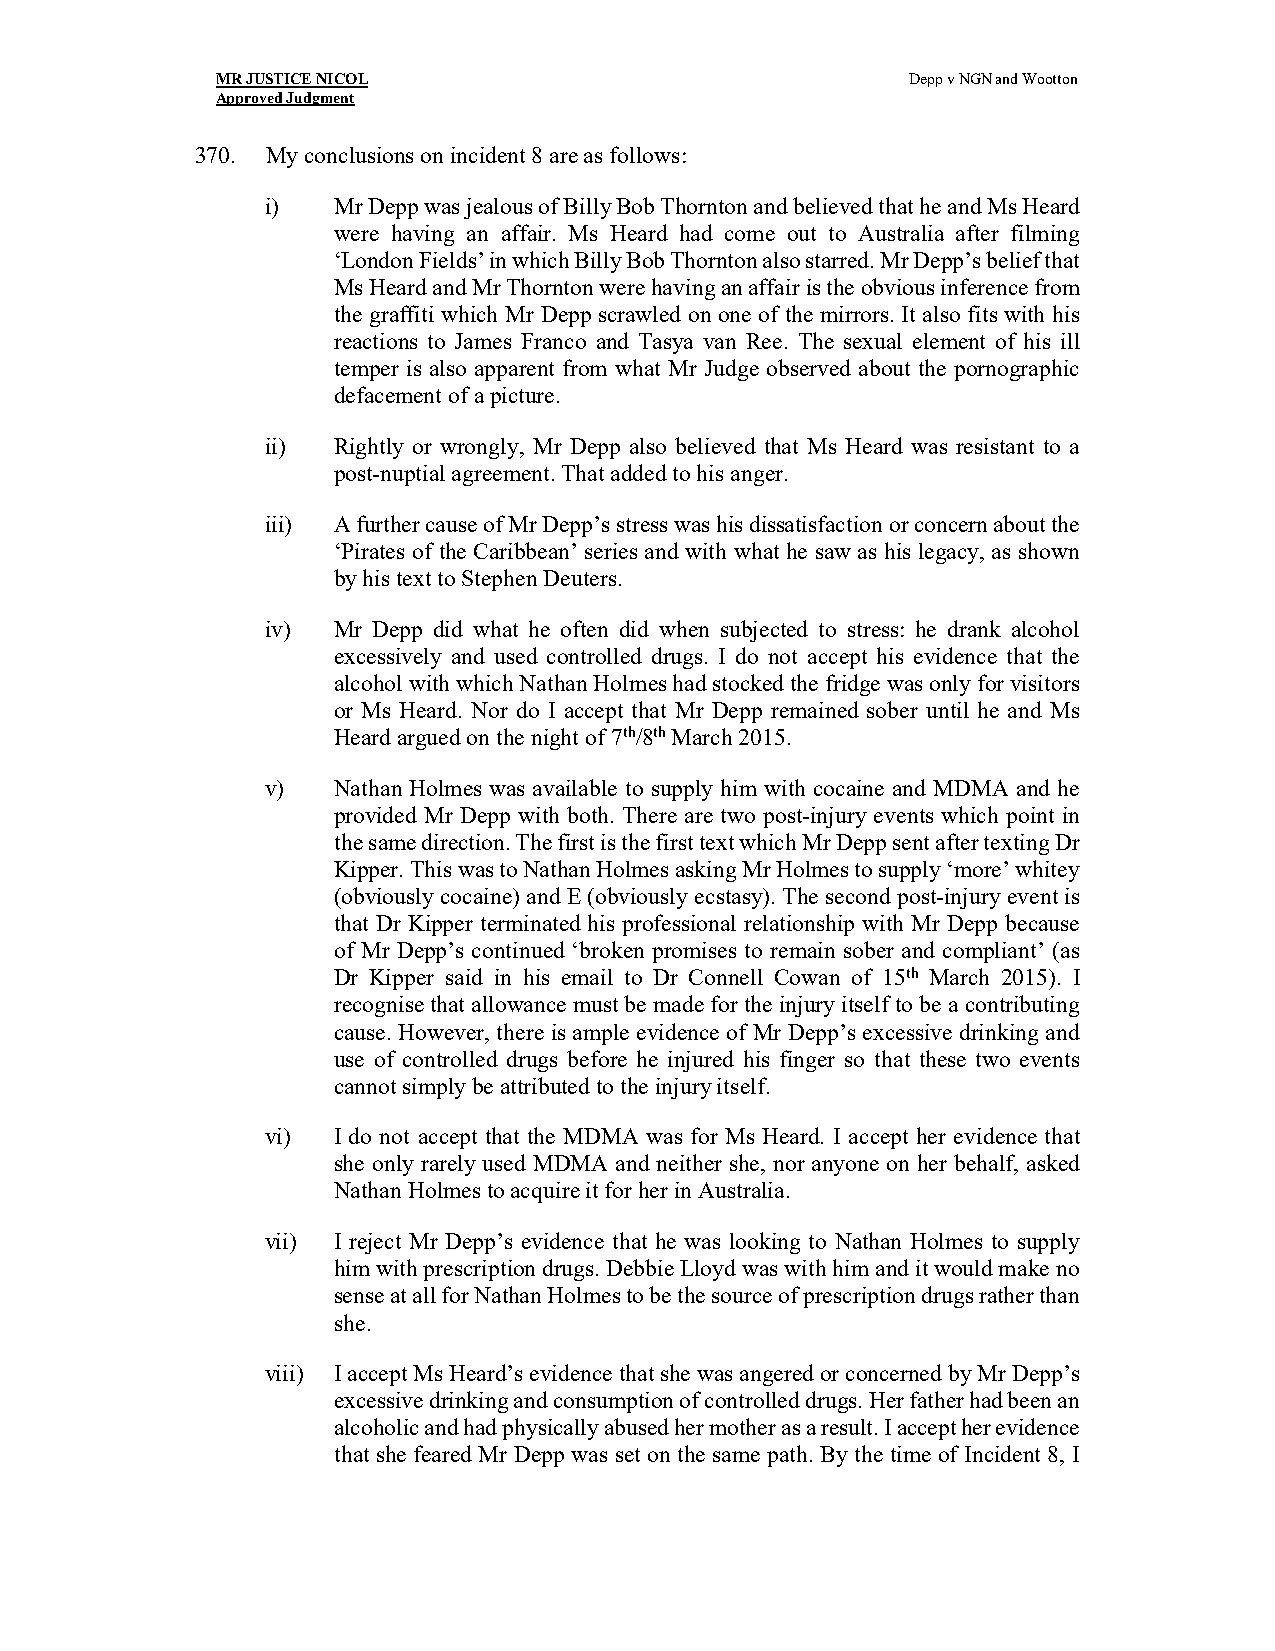
MR JUSTICE NICOL                              Depp v NGN and Wootton
 Approved Judgment
 370. My conclusions on incident 8 are as follows:
 i)  Mr Depp was jealous of Billy Bob Thornton and believed that he and Ms Heard
 were having an affair. Ms Heard had come out to Australia after filming
 ‘London Fields’ in which Billy Bob Thornton also starred. Mr Depp’s belief that
 Ms Heard and Mr Thornton were having an affair is the obvious inference from
 the graffiti which Mr Depp scrawled on one of the mirrors. It also fits with his
 reactions to James Franco and Tasya van Ree. The sexual element of his ill
 temper is also apparent from what Mr Judge observed about the pornographic
 defacement of a picture.
 ii) Rightly or wrongly, Mr Depp also believed that Ms Heard was resistant to a
 post-nuptial agreement. That added to his anger.
 iii) A further cause of Mr Depp’s stress was his dissatisfaction or concern about the
 ‘Pirates of the Caribbean’ series and with what he saw as his legacy, as shown
 by his text to Stephen Deuters.
 iv) Mr Depp did what he often did when subjected to stress: he drank alcohol
 excessively and used controlled drugs. I do not accept his evidence that the
 alcohol with which Nathan Holmes had stocked the fridge was only for visitors
 or Ms Heard. Nor do I accept that Mr Depp remained sober until he and Ms
 Heard argued on the night of 7th/8th March 2015.
 v)  Nathan Holmes was available to supply him with cocaine and MDMA and he
 provided Mr Depp with both. There are two post-injury events which point in
 the same direction. The first is the first text which Mr Depp sent after texting Dr
 Kipper. This was to Nathan Holmes asking Mr Holmes to supply ‘more’ whitey
 (obviously cocaine) and E (obviously ecstasy). The second post-injury event is
 that Dr Kipper terminated his professional relationship with Mr Depp because
 of Mr Depp’s continued ‘broken promises to remain sober and compliant’ (as
 Dr Kipper said in his email to Dr Connell Cowan of 15th March 2015). I
 recognise that allowance must be made for the injury itself to be a contributing
 cause. However, there is ample evidence of Mr Depp’s excessive drinking and
 use of controlled drugs before he injured his finger so that these two events
 cannot simply be attributed to the injury itself.
 vi) I do not accept that the MDMA was for Ms Heard. I accept her evidence that
 she only rarely used MDMA and neither she, nor anyone on her behalf, asked
 Nathan Holmes to acquire it for her in Australia.
 vii) I reject Mr Depp’s evidence that he was looking to Nathan Holmes to supply
 him with prescription drugs. Debbie Lloyd was with him and it would make no
 sense at all for Nathan Holmes to be the source of prescription drugs rather than
 she.
 viii) I accept Ms Heard’s evidence that she was angered or concerned by Mr Depp’s
 excessive drinking and consumption of controlled drugs. Her father had been an
 alcoholic and had physically abused her mother as a result. I accept her evidence
 that she feared Mr Depp was set on the same path. By the time of Incident 8, I